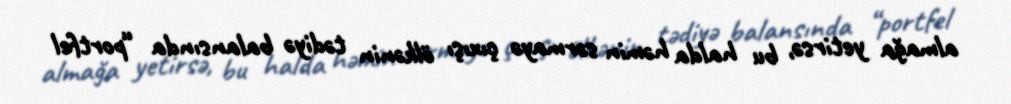
almağa yetirsə, bu halda həmin sərmayə çıxışı ölkənin tədiyə balansında “portfel